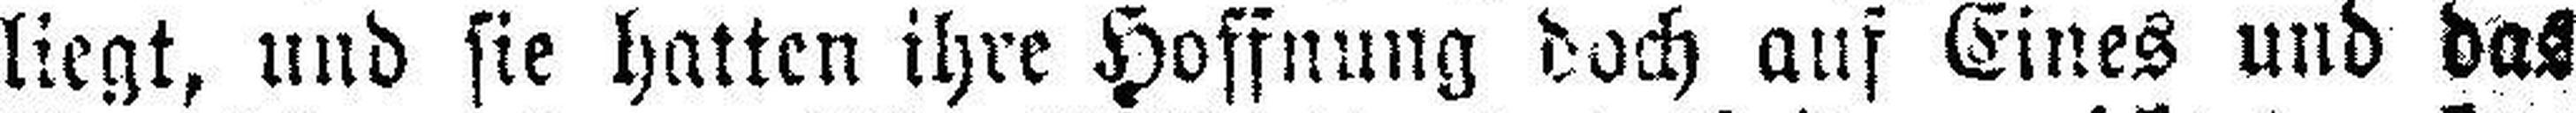
liegt, und sie hatten ihre Hoffnung doch auf Eines und das